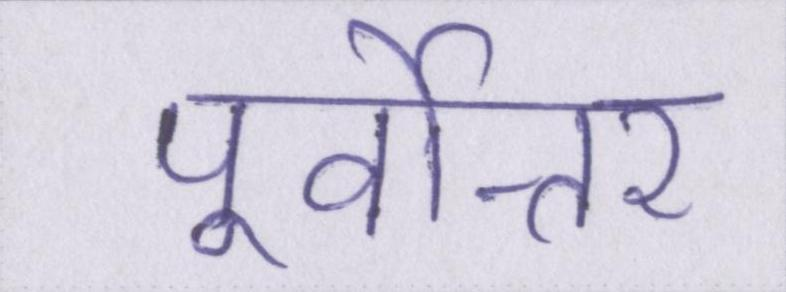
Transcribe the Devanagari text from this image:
पूर्वोत्तर